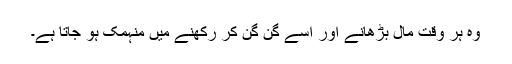
وہ ہر وقت مال بڑھانے اور اسے گن گن کر رکھنے میں منہمک ہو جاتا ہے۔